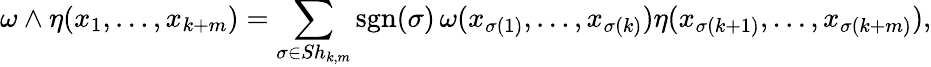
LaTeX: {\omega\wedge\eta(x_{1},\ldots,x_{k+m})}=\sum_{\sigma\in Sh_{k,m}}\operatorname{sgn}(\sigma)\, \omega(x_{\sigma(1)},\ldots,x_{\sigma(k)})\eta(x_{\sigma(k+1)},\ldots,x_{\sigma(k+m)}),